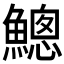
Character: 𲌿